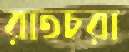
রাতচরা